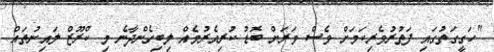
"ހަގީގަތުގައި ފަތުރުވެރިކަމަށް ވެސް ވަރަށް ބޮޑު ކުރިއެރުމެއް ލިބިގެންދާނެ މި ކްރޫޒް ލައިނުތައް